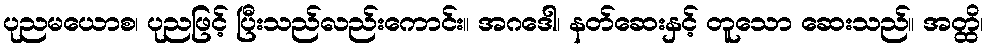
ပုညမယောစ၊ ပုညဖြင့် ပြီးသည်လည်းကောင်း။ အဂဒေါ၊ နတ်ဆေးနှင့် တူသော ဆေးသည်။ အတ္ထိ၊